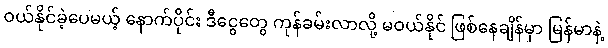
ဝယ်နိုင်ခဲ့ပေမယ့် နောက်ပိုင်း ဒီငွေတွေ ကုန်ခမ်းလာလို့ မဝယ်နိုင် ဖြစ်နေချိန်မှာ မြန်မာနဲ့